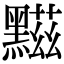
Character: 𪑿